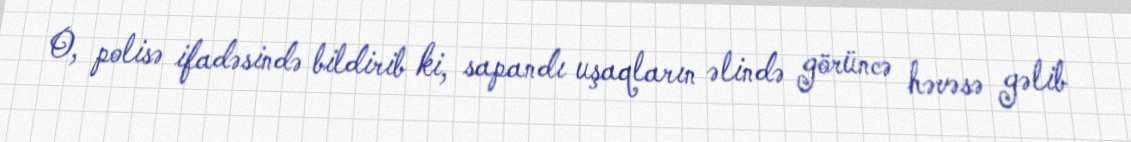
O, polisə ifadəsində bildirib ki, sapandı uşaqların əlində görüncə həvəsə gəlib